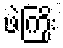
ဖဲကြိုး